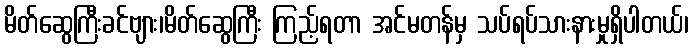
မိတ်ဆွေကြီးခင်ဗျား၊မိတ်ဆွေကြီး ကြည့်ရတာ အင်မတန်မှ သပ်ရပ်သားနားမှုရှိပါတယ်၊